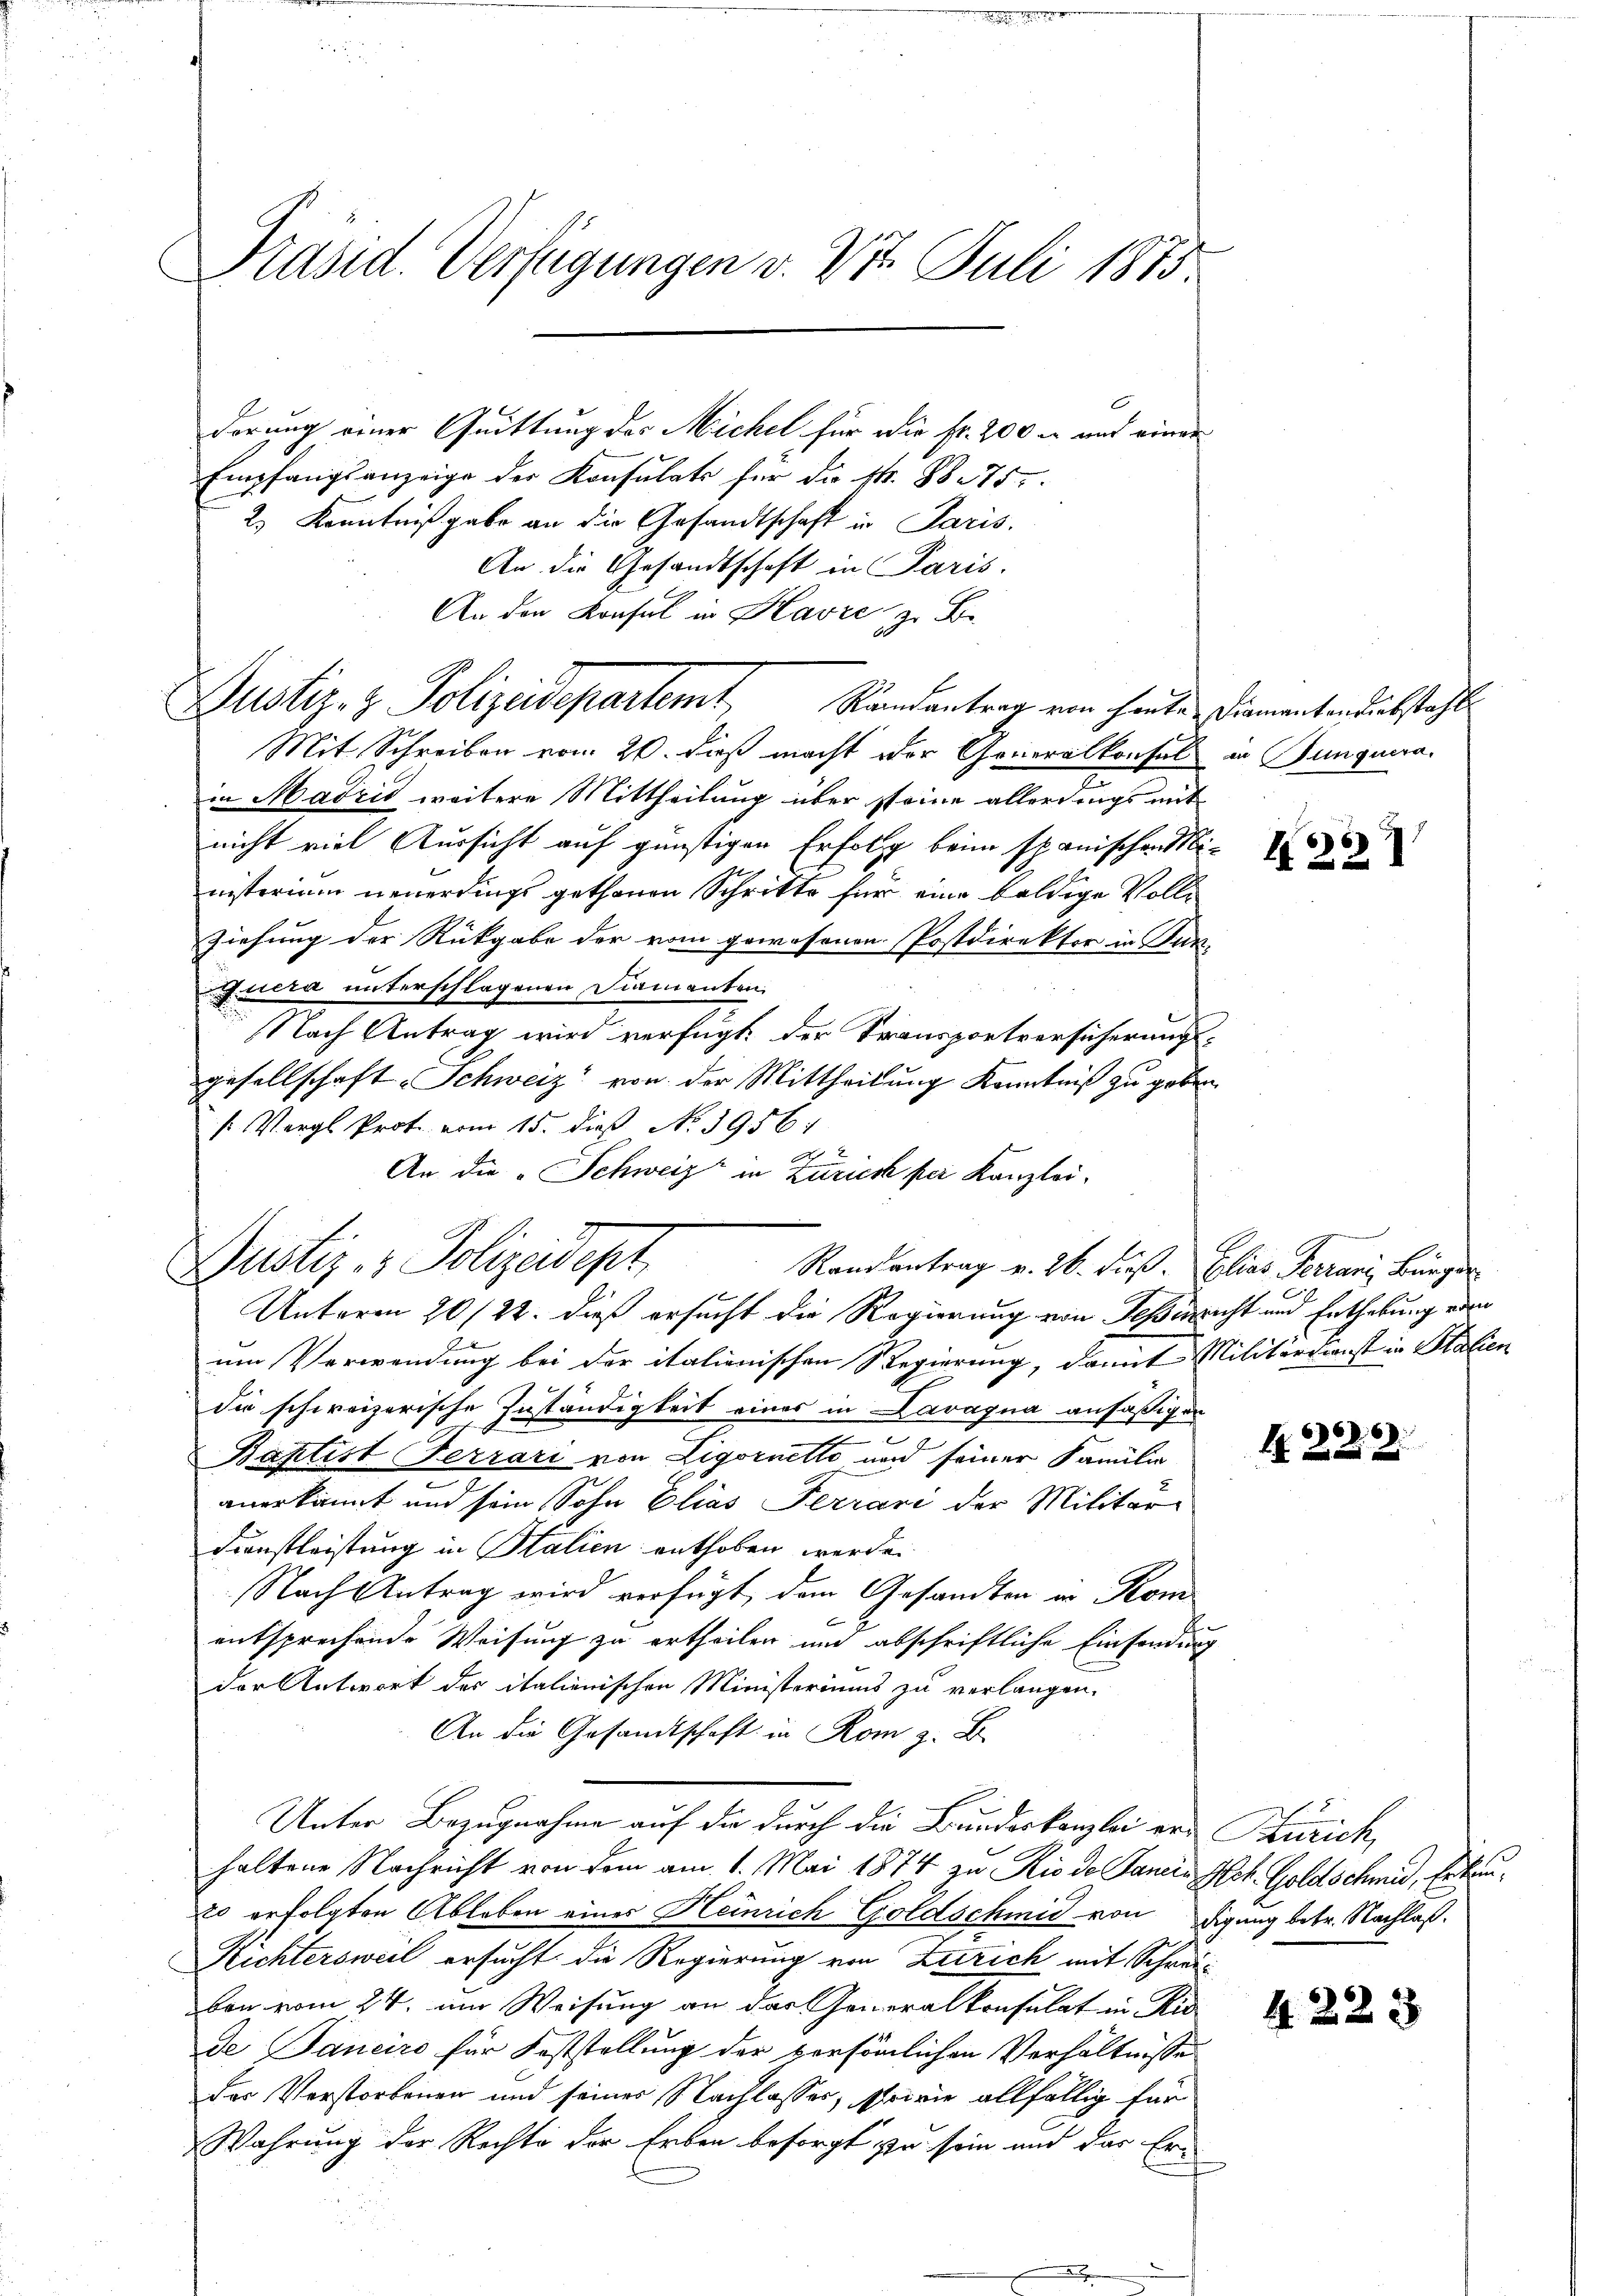
Präsid. Verfügungen v. 27. Juli 1883.

derung einer Quittung des Michel für die fr. 200 x und einer
Empfangsanzeige der Konsulats für die k. So 175.
2.) Kenntniß gabe an die Gesandtschaft in Paris.
An die Gesandtschaft in Paris.
An den Konsul in Havre, zu Be
Justiz- & Polizeidepartemt, Standentrag von heute Diementendiebstahl
Mit Schreiben vom 20. daß macht der Generalkonsul in Junquera
in Madzić weitere Mittheilung über steine allerdings mit
nicht viel Aussicht auf günstigen Erfolg beim spanischen Ministerium neuerdings gethanen Schritte für eine baldige Voll-
Ziehung der Rückgabe der vom gewesenen Postdirektor in Tur
Fuera unterschlagenen Diamanten.
Nach Antrag wird verfügt, der Transportversicherungsgesellschaft - Schweiz“ von der Mittheilung Kenntniß zu geben.
[Vergl. Prot. vom 15. dieß No. 1956.
An die „Schweiz in Zürich per Kanzlei.
Justiz- & Polizeidept
Randantrag v. 26. dieß. Elias Terrani, Bürger
Unterm 20/22. dieß ersucht die Regierung von Teßinricht und Enthebung ein
um Verwendung bei der italienischen Regierung, damit Militärdienst in Stalien
die schweizerische Zuständigkeit eines in Lavaqua ansäßigen
d
e
Baptist Ferrari von Ligornetto und seiner Familie
anerkannt und sein Sohn Elias Ferrari der Militar-
Dienstleistung in Stalien enthoben werde.
Nach Antrag wird verfügt, dem Gesandten in Kom
entsprechende Weisung zu ertheilen und abschriftliche Einsendung
der Antwort des italienischen Ministeriums zu verlangen.
An die Gesandtschaft in Rom z. B.
Unter Bezugnahme auf die durch die Bundeskanzlei von Zürich,
haltene Nachricht von dem am 1. Mai 1874 zu Rio de Janein Joh. Goldschmid, Erbe
20 erfolgten Ableben einer Heinrich Goldschmid von Figung betr. Nachlaß.
Richtersweil ersucht die Regierung von Zürich mit Schreiben vom 24. um Weisung an das Generalkonsulat in Rie
de Janeiro für Feststellung der persönlichen Verhältnisse
des Verstorbenen und seiner Nachlasses, sowie allfällig für
Wahrung der Rechte der Erben besorgt zu sein und das Er¬

2

N 2229.

4223